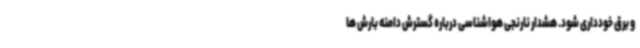
و برق خودداری شود. هشدار نارنجی هواشناسی درباره گسترش دامنه بارش ها